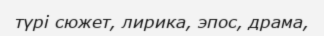
түрі сюжет, лирика, эпос, драма,